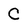
Character: C